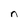
Character: n